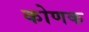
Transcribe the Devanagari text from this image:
कोणक